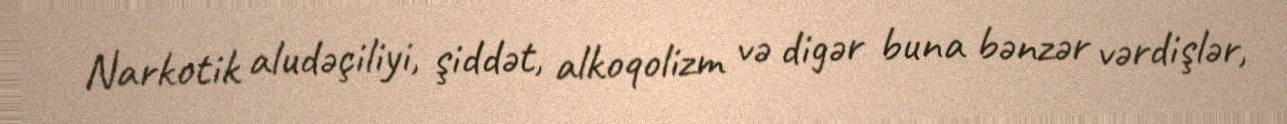
Narkotik aludəçiliyi, şiddət, alkoqolizm və digər buna bənzər vərdişlər,